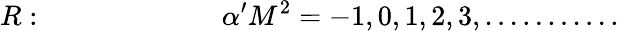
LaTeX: R:~~~~~~~~~~~~~~~~~~~~~~~~~\alpha^{\prime}M^{2}=-1,0,1,2,3,...........